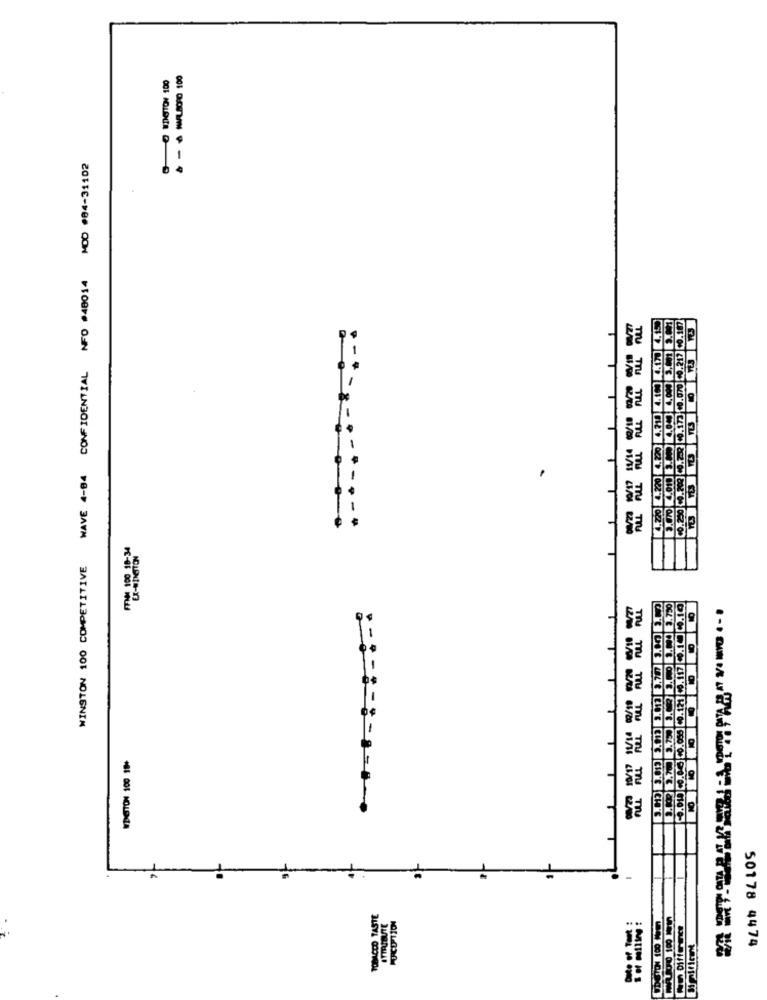
8
WAVE 4-84 CONFIDENTIAL NFO #48014 MOD #84-31102
WINSTON 100 COMPETITIVE
19
1
TOBACCO TASTE
50178 4474